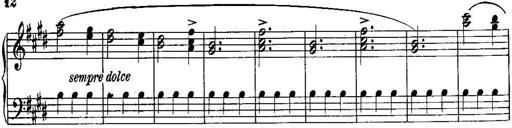
Title: Piano Sonatina No.1, Op.146
Composer: Stephen Heller